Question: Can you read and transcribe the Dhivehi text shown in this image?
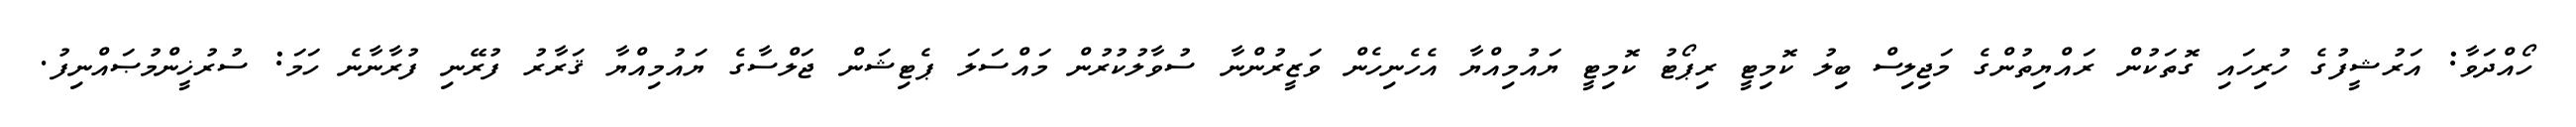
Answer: ހޯއްދަވާ: އަރުޝީފުގެ ހުރިހައި ގޮތަކުން ރައްޔިތުންގެ މަޖިލިސް ބިލު ކޮމިޓީ ރިޕޯޓު ކޮމިޓީ ޔައުމިއްޔާ އެހެނިހެން ވަޒީރުންނާ ސުވާލުކުރުން މައްސަލަ ޕެޓިޝަން ޖަލްސާގެ ޔައުމިއްޔާ ޤަރާރު ފުރޭނި ފުރާނާނެ ހަމަ: ސުރުޚީންމުޞައްނިފު.